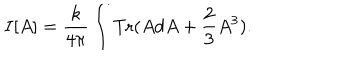
I [ A ] = \frac { k } { 4 \pi } \int \mathrm { T r } ( A d A + \frac { 2 } { 3 } A ^ { 3 } ) .